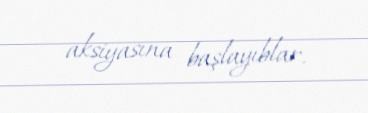
aksiyasına başlayıblar.